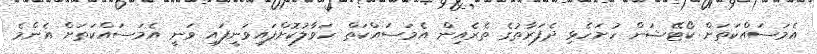
އެމަސައްކަތަށް ކޯޓޭޝަން ހުށަހެޅި ދެފަރާތުގެ ތެރެއިން އެމަސައްކަތް ހަވާލުކޮށްފައިވަނީފައި ވަނީ އެމަސައްކަތަށް އެންމެ